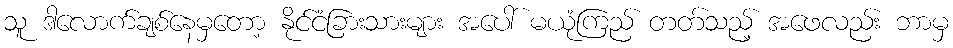
သူ ဒါလောက်ချစ်နေမှတော့ နိုင်ငံခြားသားများ အပေါ် မယုံကြည် တတ်သည့် အဖေလည်း ဘာမှ